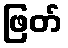
ဖြတ်